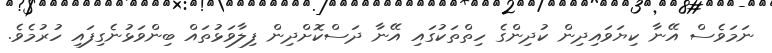
ނަމަވެސް އޭނާ ކިޔަވައިދިން ކުދިންގެ ހިތްތަކުގައި އޭނާ ދަސްކޮށްދިން ފިލާވަޅުތައް ބިންވަޅުނެގިފައި ހުރުމެވެ.